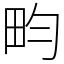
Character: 畇